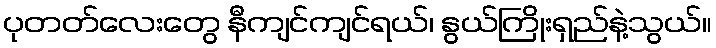
ပုတတ်လေးတွေ နီကျင်ကျင်ရယ်၊ နွယ်ကြိုးရှည်နဲ့သွယ်။